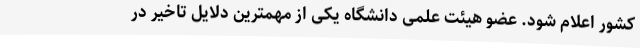
کشور اعلام شود. عضو هیئت علمی دانشگاه یکی از مهمترین دلایل تاخیر در